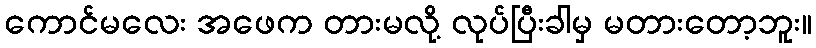
ကောင်မလေး အဖေက တားမလို့ လုပ်ပြီးခါမှ မတားတော့ဘူး။